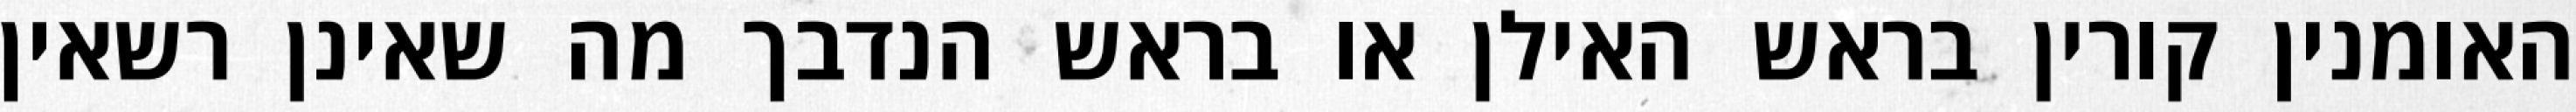
האומנין קורין בראש האילן או בראש הנדבך מה שאינן רשאין